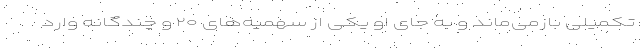
تکمیلی بازمی‌ماند و به‌ جای او یکی از سهمیه‌های ۲۰ و چندگانه وارد